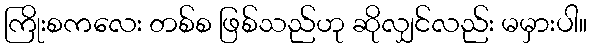
ကြိုးစကလေး တစ်စ ဖြစ်သည်ဟု ဆိုလျှင်လည်း မမှားပါ။